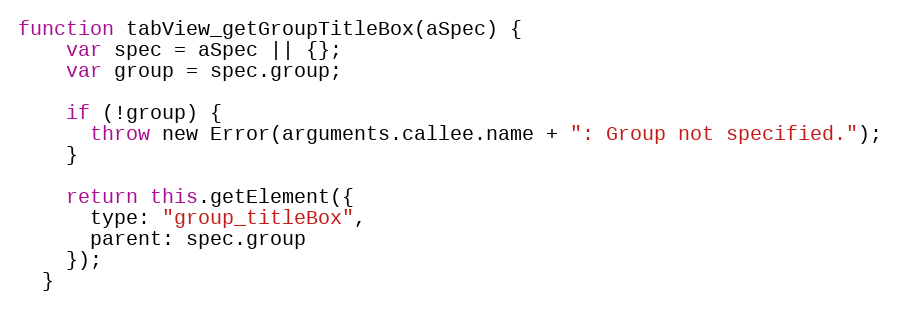
Language: JavaScript
function tabView_getGroupTitleBox(aSpec) {
    var spec = aSpec || {};
    var group = spec.group;

    if (!group) {
      throw new Error(arguments.callee.name + ": Group not specified.");
    }

    return this.getElement({
      type: "group_titleBox",
      parent: spec.group
    });
  }